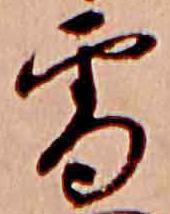
雪